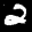
Label: 2